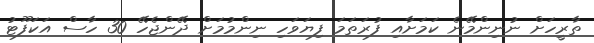
ތާރީހަށް ނުނިންމޭނެ ކަމަށާއި ފުރަތަމަ ފިޔަވަހި ނިންމުމަށް ދޭންޖެހޭ 30 ހާސް އަކަފޫޓު